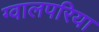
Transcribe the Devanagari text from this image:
ग्वालपरिया